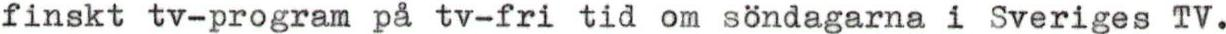
finskt tv-program på tv-fri tid om söndagarna i Sveriges TV.